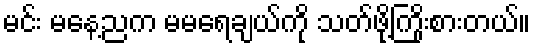
မင်း မနေ့ညက မမရေချယ်ကို သတ်ဖို့ကြိုးစားတယ်။